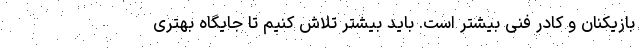
بازیکنان و کادر فنی بیشتر است. باید بیشتر تلاش کنیم تا جایگاه بهتری